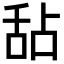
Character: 𬜅